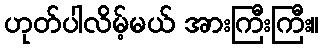
ဟုတ်ပါလိမ့်မယ် အားကြီးကြီး။